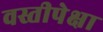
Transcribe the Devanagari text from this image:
वस्तीपेक्षा